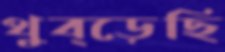
থুব্‌ড়েছি